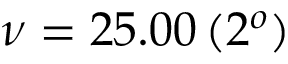
\nu = 2 5 . 0 0 \, ( 2 ^ { o } )